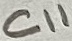
Text: C11